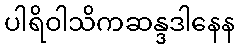
ပါရိဝါသိကဆန္ဒဒါနေန